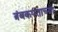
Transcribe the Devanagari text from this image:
त्रंबकपंताच्या